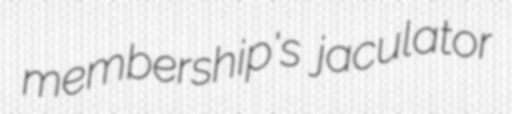
membership's jaculator